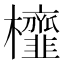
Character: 𭬹